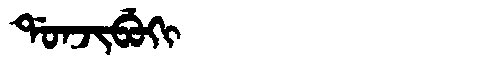
Manchu: ᡩᠣᠨᠵᡳᠪᡠᡴᡳ
Romanization: DONJIBUKI